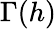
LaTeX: \Gamma(h)